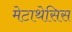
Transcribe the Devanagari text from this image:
मेटाथेसिस